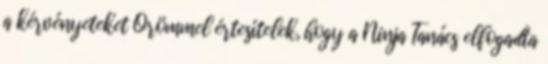
a kérvényeteket Örömmel értesítelek, hogy a Ninja Tanács elfogadta